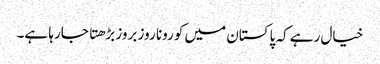
خیال رہے کہ پاکستان میں کورونا روز بروز بڑهتا جارہا ہے۔